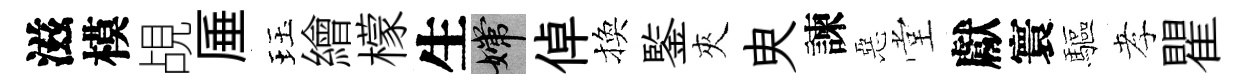
滋模覘厜珏繪檬生嫦倬換鍳夾㬰諫惡堂獻寰驅孝瞿